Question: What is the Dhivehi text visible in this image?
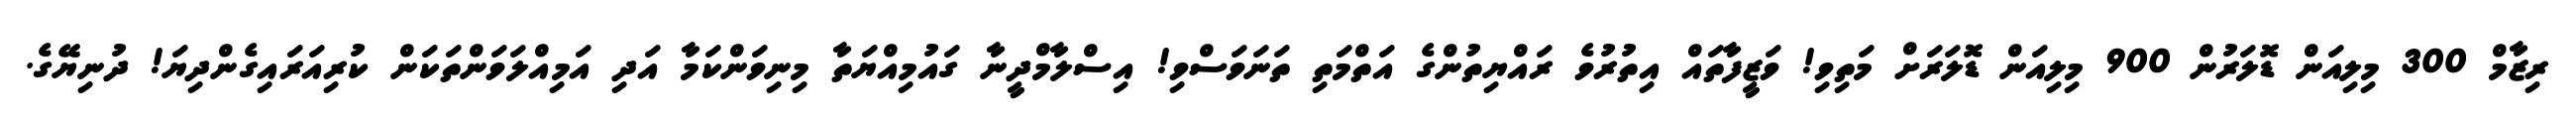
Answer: ރިޒާމް 300 މިލިއަން ޑޮލަރުން 900 މިލިއަން ޑޮލަރަށް މަތިވި! ވަޒީފާތައް އިތުރުވެ ރައްޔިތުންގެ އަތްމަތި ތަނަވަސްވި! އިސްލާމްދީނާ ގައުމިއްޔަތާ މިނިވަންކަމާ އަދި އަމިއްލަވަންތަކަން ކުރިއަރައިގެންދިޔަ! ދުނިޔޭގެ.